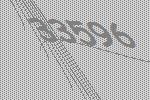
33596